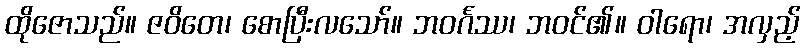
ထိုဇောသည်။ ဇဝိတေ၊ စောပြီးလသော်။ ဘဝင်္ဂဿ၊ ဘဝင်၏။ ဝါရော၊ အလှည့်